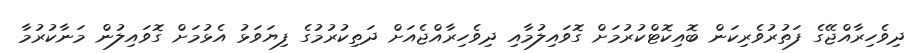
ދިވެހިރާއްޖޭގެ ފަތުރުވެރިކަން ބޮއިކޮޓްކުރުމަށް ގޮވައިލުމާއި ދިވެހިރާއްޖެއަށް ދަތިކުރުމުގެ ފިޔަވަޅު އެޅުމަށް ގޮވައިލުން މަނާކުރުމާ